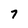
Character: 7